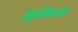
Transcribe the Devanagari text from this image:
लूइजियाना